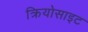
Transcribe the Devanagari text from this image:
क्रियोसाइट